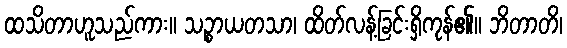
ထသိတာဟူသည်ကား။ သဉ္စာယတသာ၊ ထိတ်လန့်ခြင်းရှိကုန်၏။ ဘိတာတိ၊